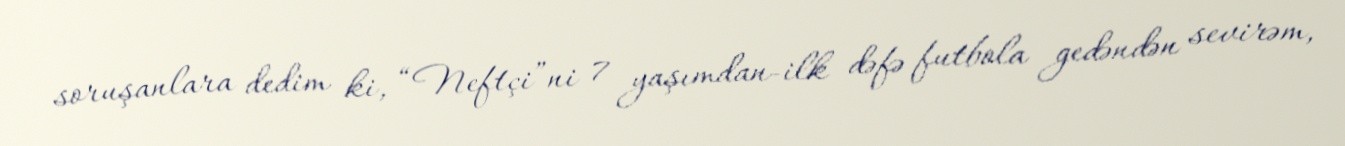
soruşanlara dedim ki, “Neftçi”ni 7 yaşımdan-ilk dəfə futbola gedəndən sevirəm,